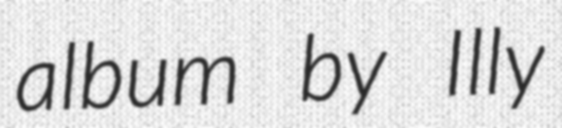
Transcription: album by Illy